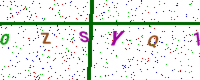
Text: OZSYQ1